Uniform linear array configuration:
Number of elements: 16
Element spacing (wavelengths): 0.25
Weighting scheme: uniform
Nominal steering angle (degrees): -15
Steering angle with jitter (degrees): -13.864
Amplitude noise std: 0.05
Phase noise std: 0.05

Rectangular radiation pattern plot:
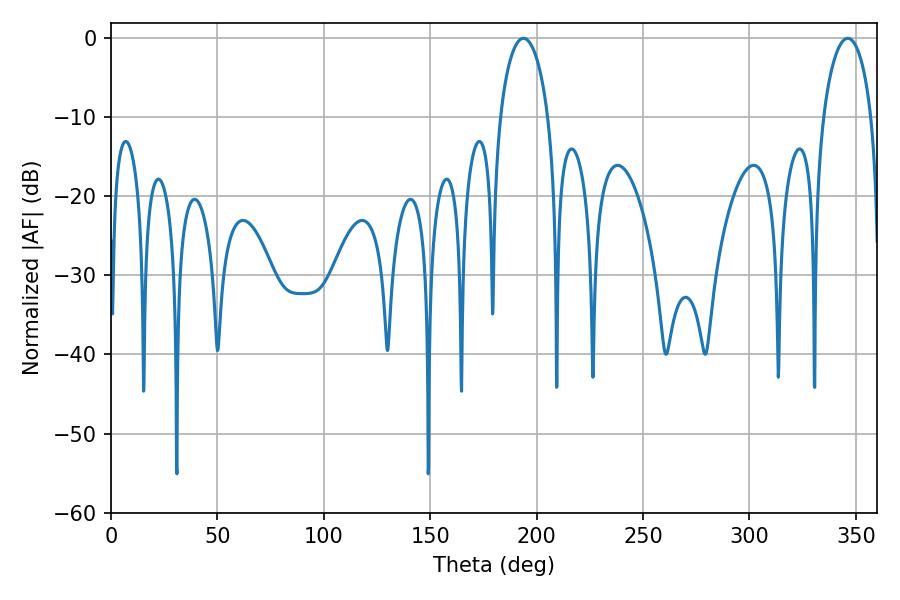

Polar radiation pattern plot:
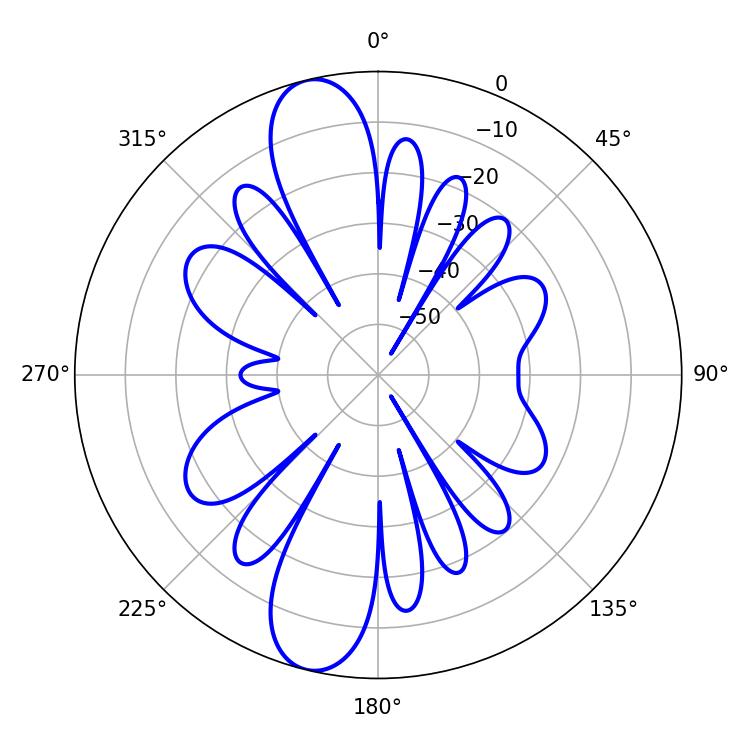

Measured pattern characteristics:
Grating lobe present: FALSE
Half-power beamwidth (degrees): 12.96
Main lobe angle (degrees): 193.86